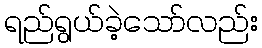
ရည်ရွယ်ခဲ့သော်လည်း